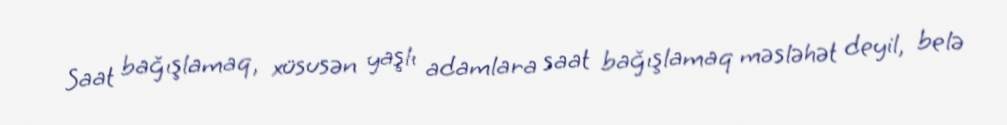
Saat bağışlamaq, xüsusən yaşlı adamlara saat bağışlamaq məsləhət deyil, belə